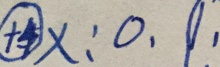
\textcircled { + 4 } x : 0 . 9 .